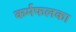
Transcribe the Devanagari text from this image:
कर्मफलका